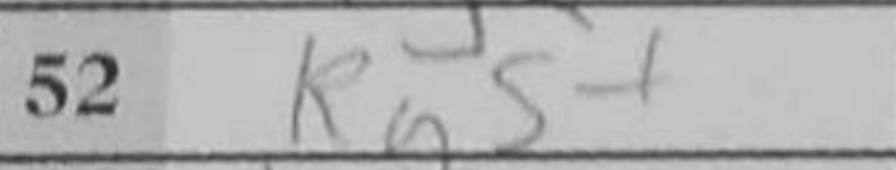
Transcription: Rg5+